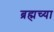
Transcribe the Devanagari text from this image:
ब्रह्मच्या